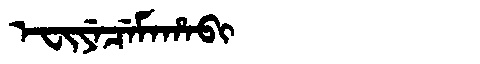
Manchu: ᡝᠸᡳᠶᡝᠴᡝᠮᠠᡥᠠᠪᡳ
Romanization: EFIYECEMAHABI